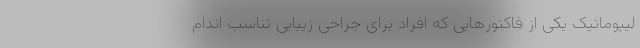
لیپوماتیک یکی از فاکتورهایی که افراد برای جراحی زیبایی تناسب اندام